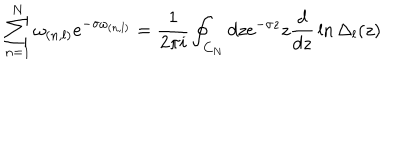
LaTeX: \sum _ { n = 1 } ^ { N } \omega _ { ( n , l ) } e ^ { - \sigma \omega _ { ( n , l ) } } = { \frac { 1 } { 2 \pi i } } \oint _ { C _ { N } } d z e ^ { - \sigma z } z { \frac { d } { d z } } \ln \Delta _ { l } ( z )